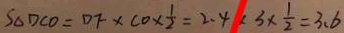
S _ { \Delta } D C O = D F \times C O \times \frac { 1 } { 2 } = 2 . 4 \times 3 \times \frac { 1 } { 2 } = 3 . 6